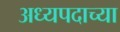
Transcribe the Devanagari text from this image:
अध्यपदाच्या